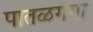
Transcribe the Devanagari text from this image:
पातळगंगा